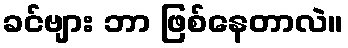
ခင်ဗျား ဘာ ဖြစ်နေတာလဲ။